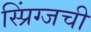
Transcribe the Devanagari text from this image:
स्प्रिंग्जची